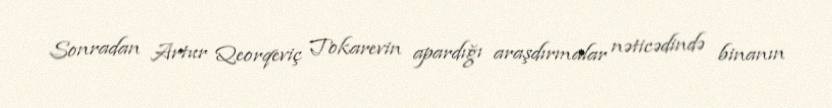
Sonradan Artur Qeorqeviç Tokarevin apardığı araşdırmalar nəticədində binanın